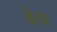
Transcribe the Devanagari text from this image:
बेरद्दा